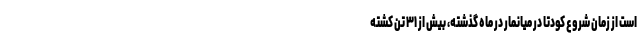
است از زمان شروع کودتا در میانمار در ماه گذشته، بیش از ۳۱ تن کشته